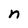
Character: n